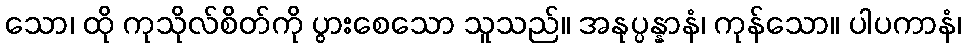
သော၊ ထို ကုသိုလ်စိတ်ကို ပွားစေသော သူသည်။ အနုပ္ပန္နာနံ၊ ကုန်သော။ ပါပကာနံ၊